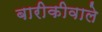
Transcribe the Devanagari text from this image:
बारीकीवाले